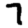
Digit: 7